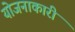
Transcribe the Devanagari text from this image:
योजनाकारी